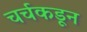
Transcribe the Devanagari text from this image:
चर्चकडून